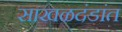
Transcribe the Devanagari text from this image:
साखळदंडांत